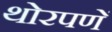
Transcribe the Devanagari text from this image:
थोरपणें